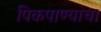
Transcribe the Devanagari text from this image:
पिकपाण्याचा